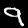
Digit: 9